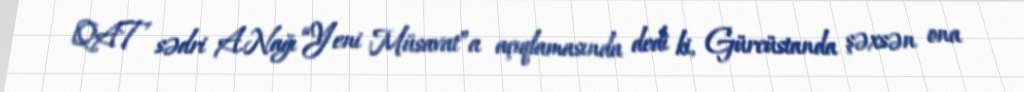
QAT sədri A.Nağı “Yeni Müsavat”a açıqlamasında dedi ki, Gürcüstanda şəxsən ona